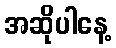
အဆိုပါနေ့